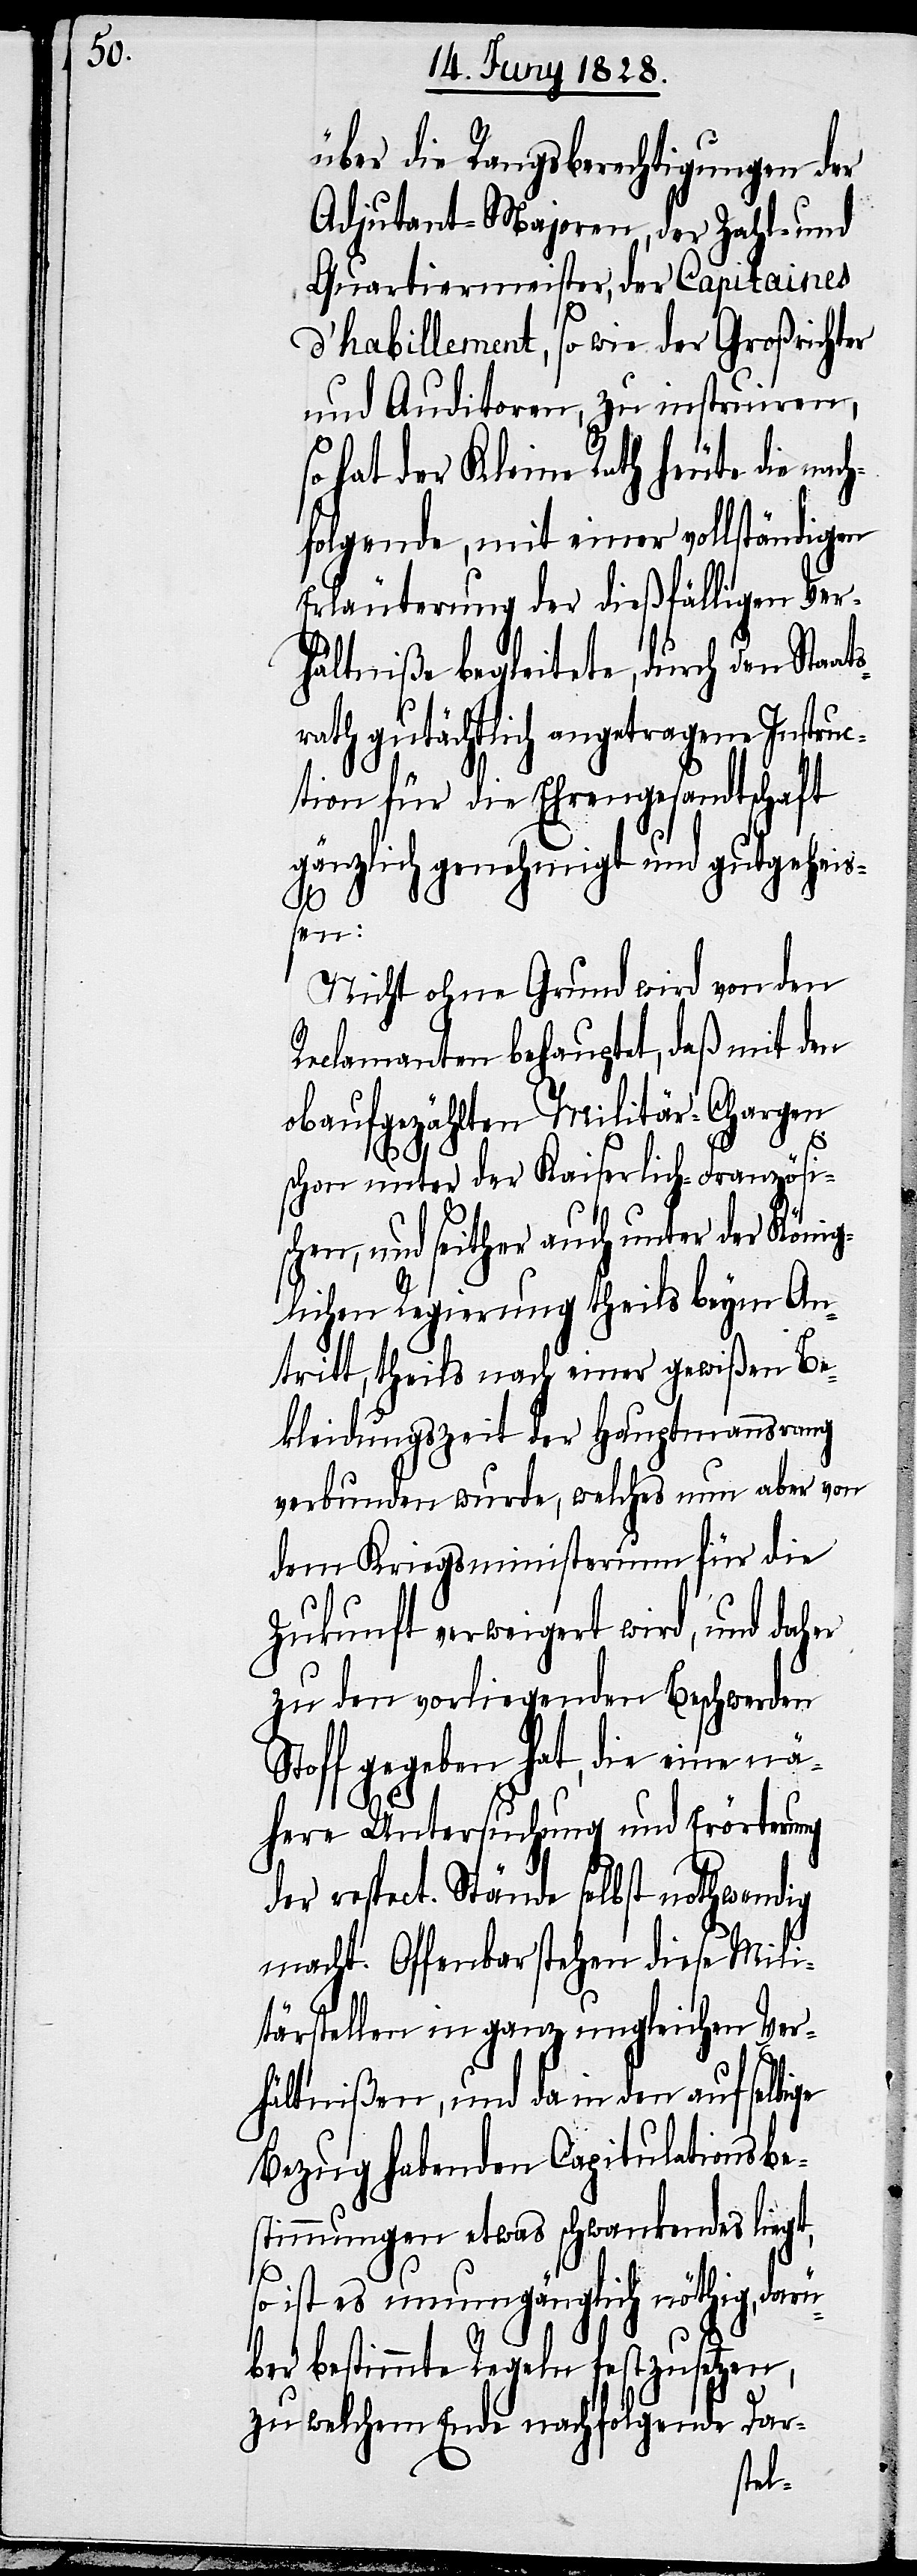
über die Rangsberechtigungen der
Adjutant-Majoren, der Zahl- und
Quartiermeister, der Capitaines
d’habillement, so wie der Großrichter
und Auditoren, zu instruiren,
hat der Kleine Rath heute die nac¬
hfolgende, mit einer vollständigen
Erläuterung der dießfälligen Ver¬
hältniße begleitete, durch den Staat¬
srath gutächtlich angetragene Instruc¬
tion für die Ehrengesandtschaft
gänzlich genehmigt und gutgehei¬
ßen:
Nicht ohne Grund wird von den
Reclamanten behauptet, daß mit den
obaufgezählten Militär-Chargen
schon unter der Kaiserlich-Französi¬
schen, und seither auch unter der König¬
lichen Regierung theils beym An¬
tritt, theils nach einer gewißen Be¬
kleidungszeit der Hauptmannsrang
verbunden wurde, welches nun aber von
dem Kriegsministerium für die
Zukunft verweigert wird, und daher
zu den vorliegenden Beschwerden
Stoff gegeben hat, die eine nä¬
here Untersuchung und Erörterung
der respect. Stände selbst nothwendig
macht. Offenbar stehen diese Mili¬
tärstellen in ganz ungleichen Ver¬
hältnißen, und da in den auf selbige
Bezug habenden Capitulationsbe¬
stimmungen etwas schwankendes liegt,
ist es unumgänglich nöthig, dar¬
über bestimmte Regeln festzusetzen,
zu welchem Ende nachfolgende Dar-